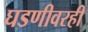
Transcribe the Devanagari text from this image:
घडणीवरही